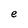
Character: e